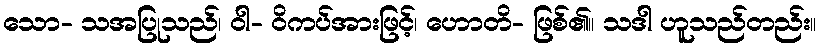
သော- သအပြုသည်၊ ဝါ- ဝိကပ်အားဖြင့်၊ ဟောတိ- ဖြစ်၏။ သဒါ ဟူသည်တည်း။